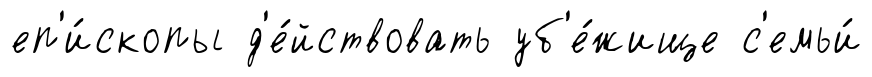
еп'и́скопы д'е́йствовать уб'е́жище с'емьи́